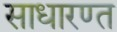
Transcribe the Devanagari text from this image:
साधारण्त